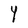
Character: 4